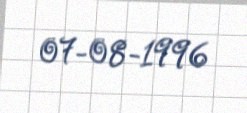
07-08-1996